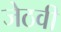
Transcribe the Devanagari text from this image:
जेठवी